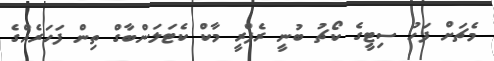
މެޗަށް ފަހު ސިޓީގެ ކޯޗު ބުނީ ރެފްރީ މާކް ކެޓަލަންބާގް ތިން ފަހަރެއްގެ